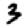
Digit: 3